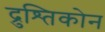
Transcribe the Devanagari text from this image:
द्रुश्तिकोन